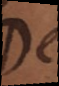
De